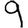
Digit: 9